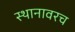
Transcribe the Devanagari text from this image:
स्थानावरच